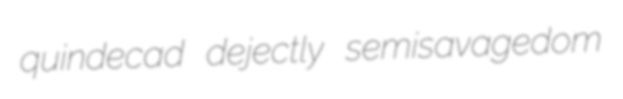
quindecad dejectly semisavagedom